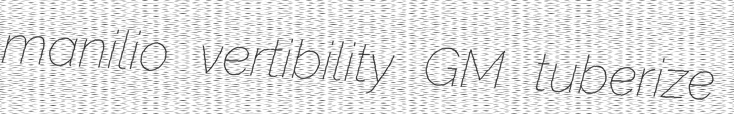
manilio vertibility GM tuberize